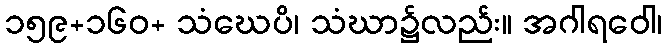
၁၅၉+၁၆၀+ သံဃေပိ၊ သံဃာ၌လည်း။ အဂါရဝေါ၊